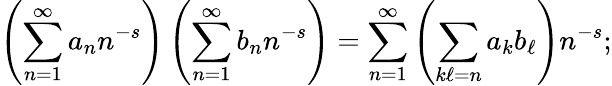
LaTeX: \left(\sum_{n=1}^{\infty}a_{n}n^{-s}\right)\left(\sum_{n=1}^{\infty}b_{n}n^{-s}\right)=\sum_{n=1}^{\infty}\left(\sum_{k\ell=n}a_{k}b_{\ell}\right)n^{-s};